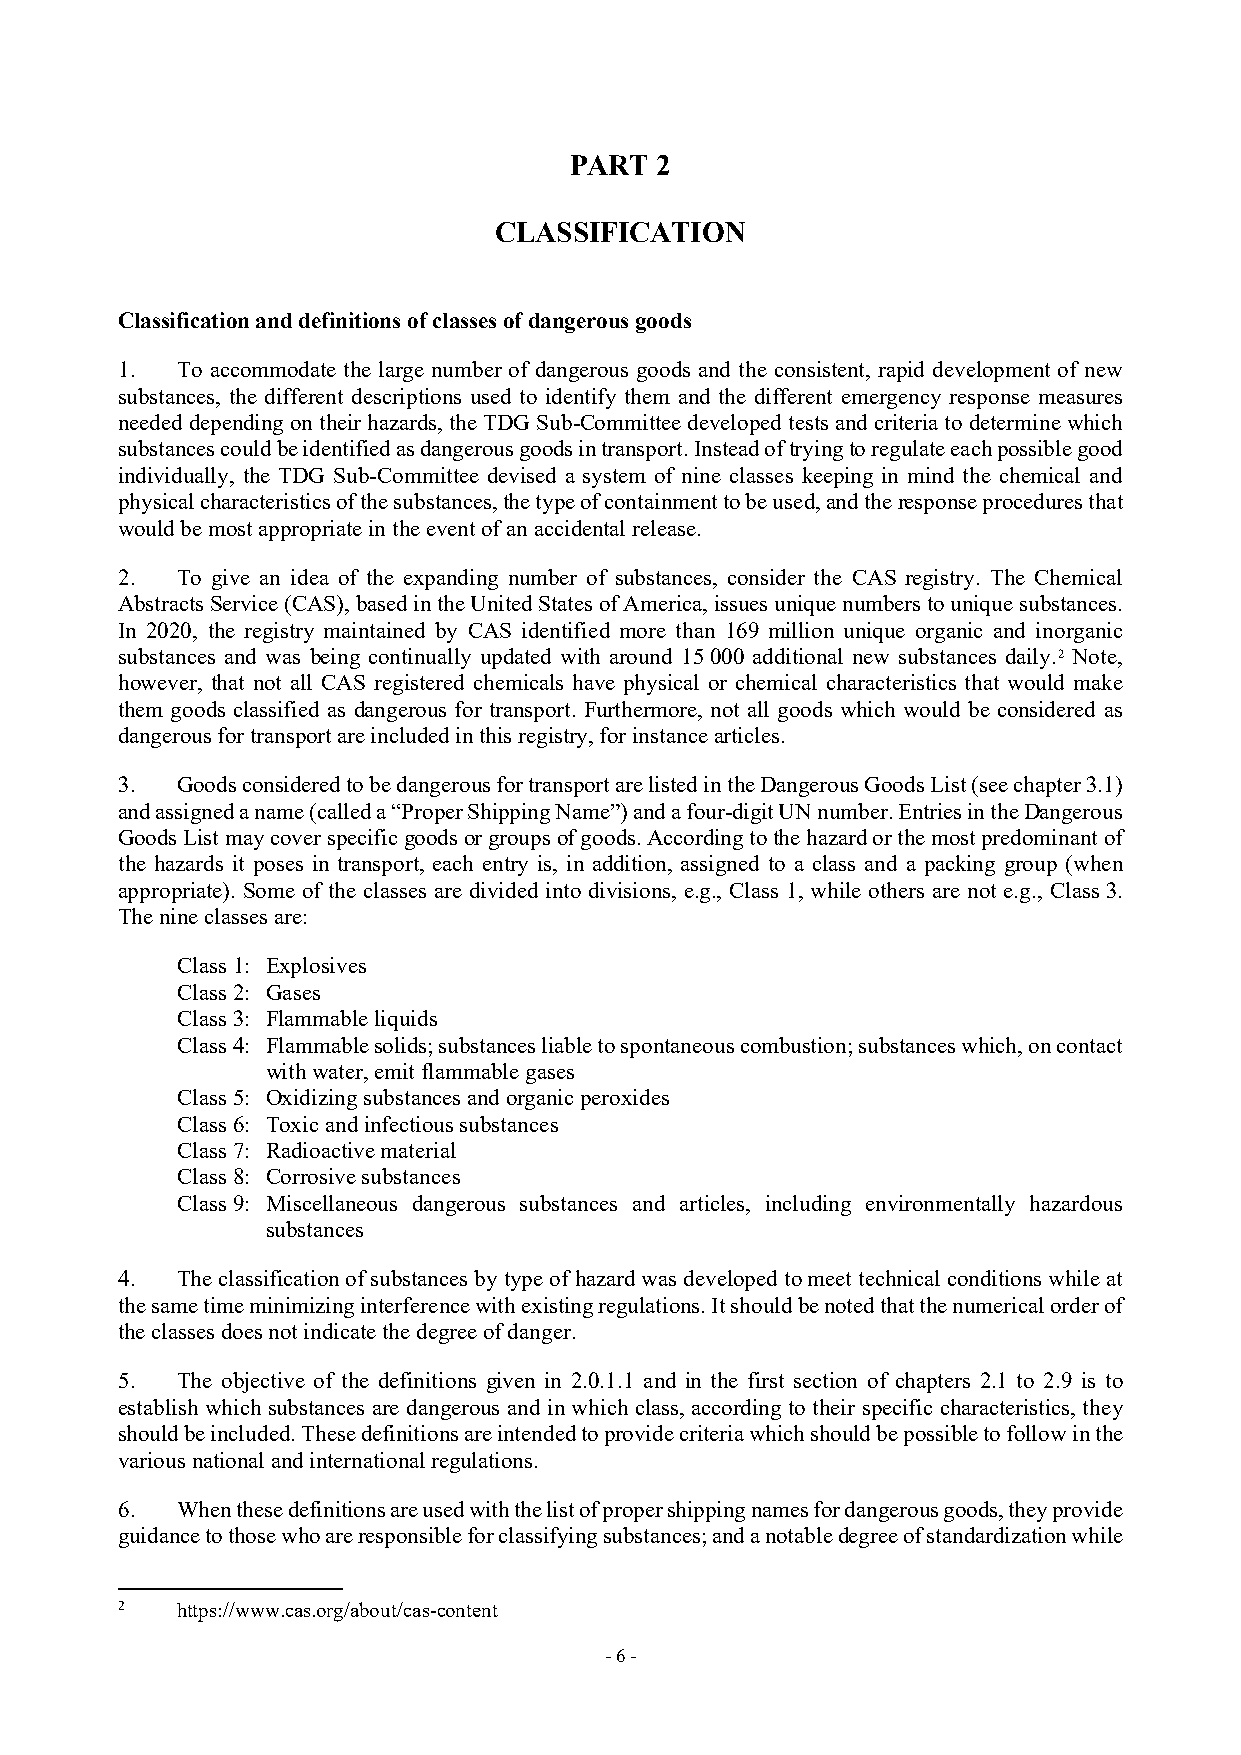
PART 2
 CLASSIFICATION
 Classification and definitions of classes of dangerous goods
 1.  To accommodate the large number of dangerous goods and the consistent, rapid development of new
 substances, the different descriptions used to identify them and the different emergency response measures
 needed depending on their hazards, the TDG Sub-Committee developed tests and criteria to determine which
 substances could be identified as dangerous goods in transport. Instead of trying to regulate each possible good
 individually, the TDG Sub-Committee devised a system of nine classes keeping in mind the chemical and
 physical characteristics of the substances, the type of containment to be used, and the response procedures that
 would be most appropriate in the event of an accidental release.
 2.  To give an idea of the expanding number of substances, consider the CAS registry. The Chemical
 Abstracts Service (CAS), based in the United States of America, issues unique numbers to unique substances.
 In 2020, the registry maintained by CAS identified more than 169 million unique organic and inorganic
 substances and was being continually updated with around 15 000 additional new substances daily.2 Note,
 however, that not all CAS registered chemicals have physical or chemical characteristics that would make
 them goods classified as dangerous for transport. Furthermore, not all goods which would be considered as
 dangerous for transport are included in this registry, for instance articles.
 3.  Goods considered to be dangerous for transport are listed in the Dangerous Goods List (see chapter 3.1)
 and assigned a name (called a “Proper Shipping Name”) and a four-digit UN number. Entries in the Dangerous
 Goods List may cover specific goods or groups of goods. According to the hazard or the most predominant of
 the hazards it poses in transport, each entry is, in addition, assigned to a class and a packing group (when
 appropriate). Some of the classes are divided into divisions, e.g., Class 1, while others are not e.g., Class 3.
 The nine classes are:
 Class 1: Explosives
 Class 2: Gases
 Class 3: Flammable liquids
 Class 4: Flammable solids; substances liable to spontaneous combustion; substances which, on contact
 with water, emit flammable gases
 Class 5: Oxidizing substances and organic peroxides
 Class 6: Toxic and infectious substances
 Class 7: Radioactive material
 Class 8: Corrosive substances
 Class 9: Miscellaneous dangerous substances and articles, including environmentally hazardous
 substances
 4.  The classification of substances by type of hazard was developed to meet technical conditions while at
 the same time minimizing interference with existing regulations. It should be noted that the numerical order of
 the classes does not indicate the degree of danger.
 5.  The objective of the definitions given in 2.0.1.1 and in the first section of chapters 2.1 to 2.9 is to
 establish which substances are dangerous and in which class, according to their specific characteristics, they
 should be included. These definitions are intended to provide criteria which should be possible to follow in the
 various national and international regulations.
 6.  When these definitions are used with the list of proper shipping names for dangerous goods, they provide
 guidance to those who are responsible for classifying substances; and a notable degree of standardization while
 2   https://www.cas.org/about/cas-content
 - 6 -